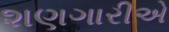
શણગારીએ